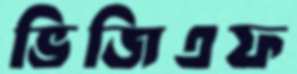
ভিজিএফ